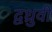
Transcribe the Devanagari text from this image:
द्वध्रुवी